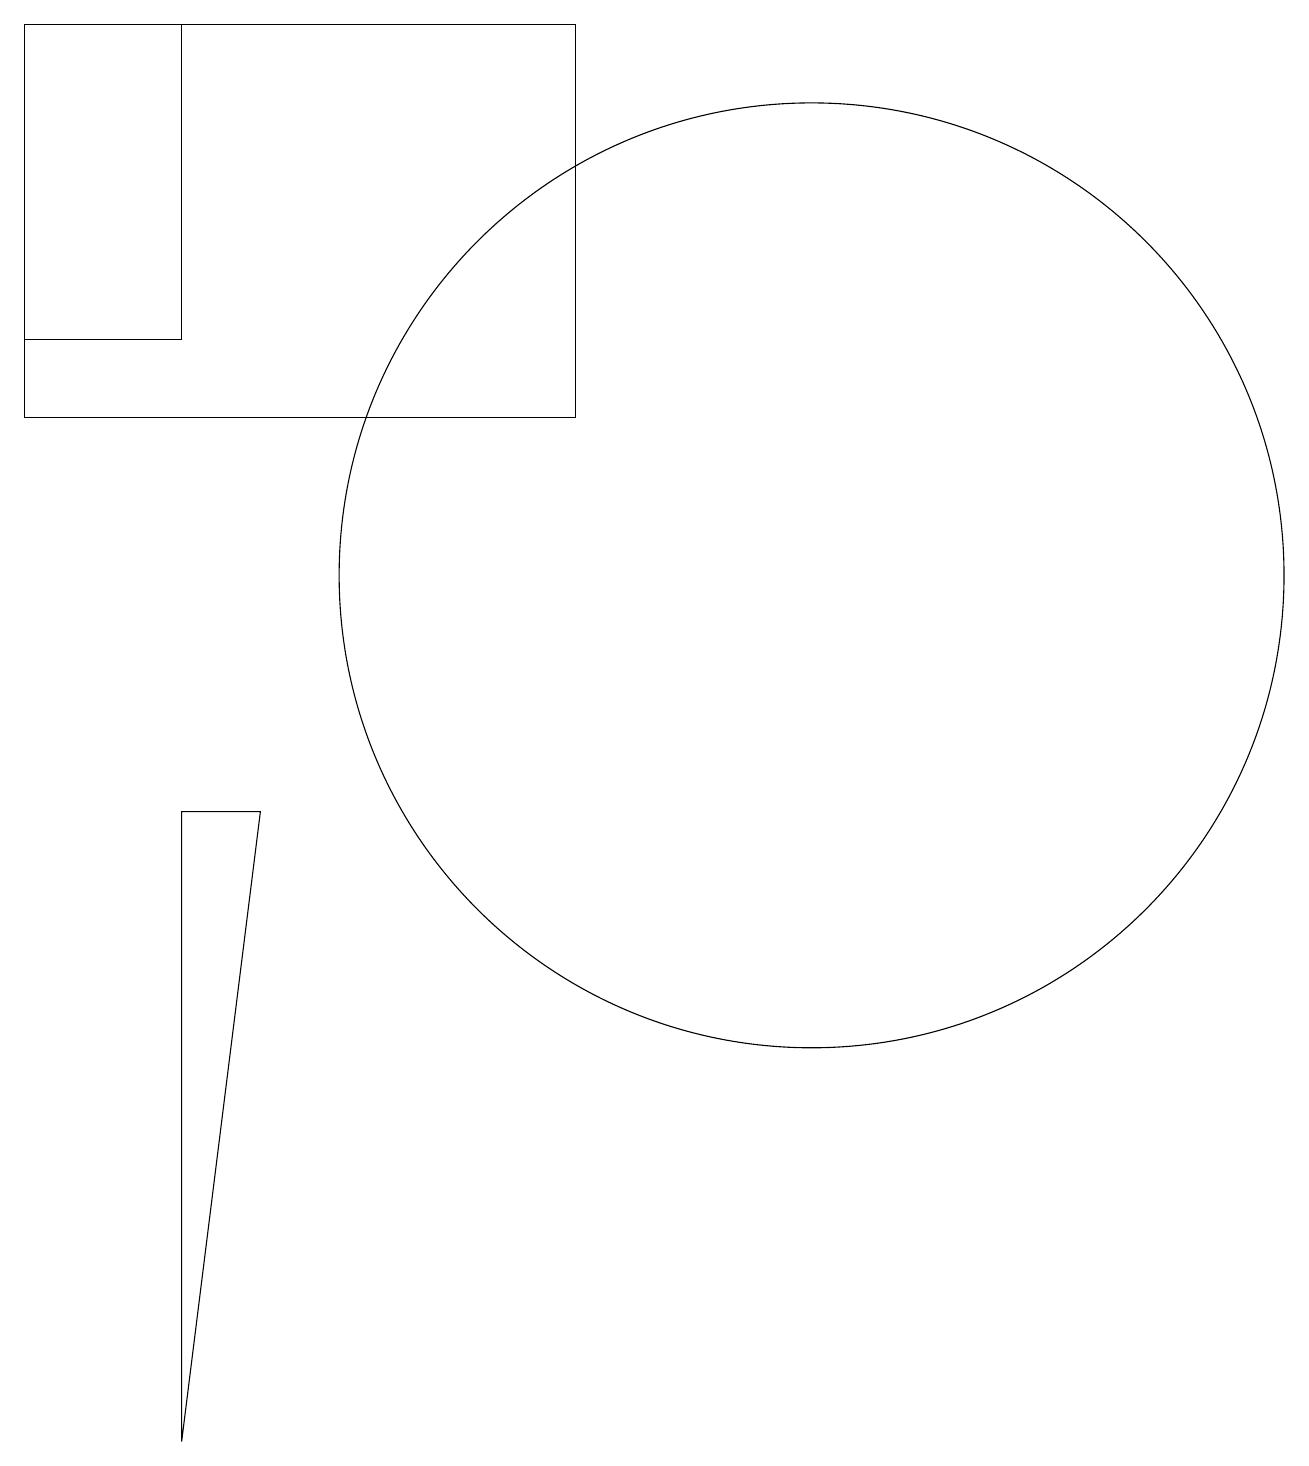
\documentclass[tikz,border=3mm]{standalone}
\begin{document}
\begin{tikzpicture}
\draw (8,13) rectangle (1,18);
\draw (4,8) -- (3,0) -- (3,8) -- cycle;
\draw (11,11) circle (6);
\draw (3,14) rectangle (1,18);
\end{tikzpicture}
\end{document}